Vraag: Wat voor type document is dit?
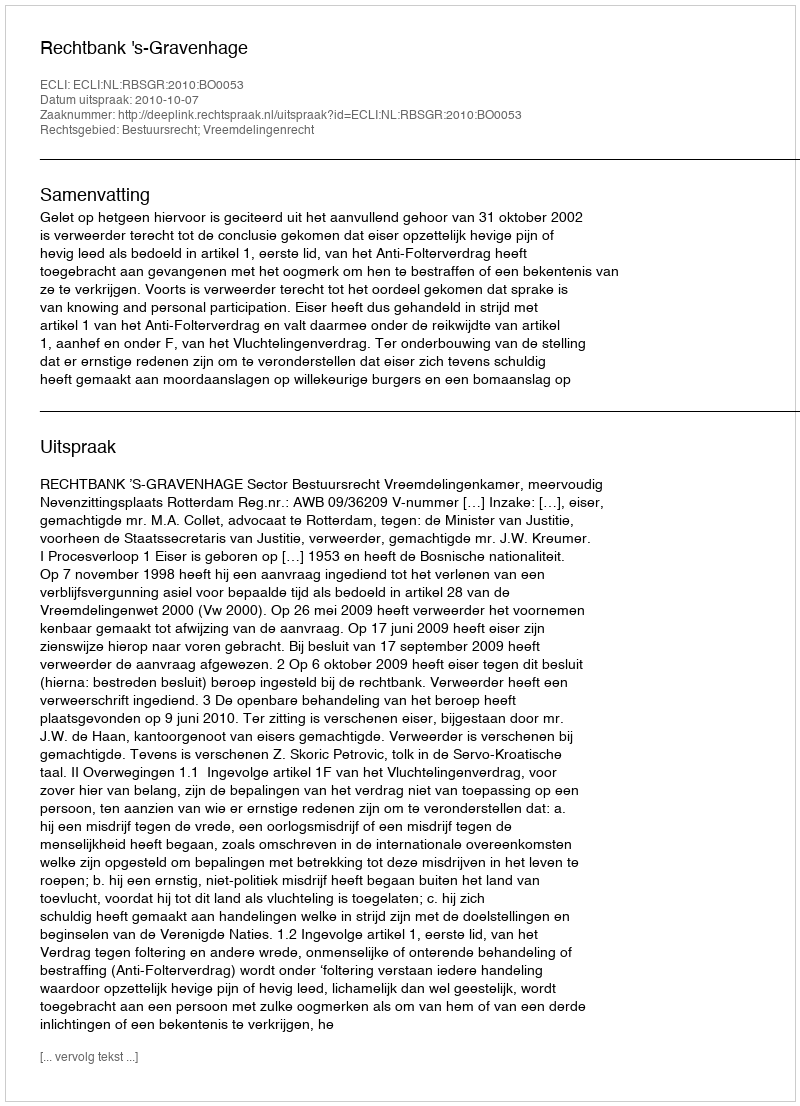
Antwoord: Uitspraak